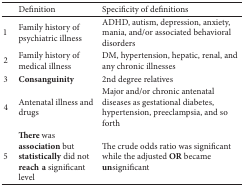
<table><thead><tr><td>[EMPTY_CELL]</td><td><b>Definition </b></td><td><b>Specificity of definitions </b></td></tr></thead><tbody><tr><td>1</td><td>Family history of psychiatric illness</td><td>ADHD, autism, depression, anxiety, mania, and/or associated behavioral disorders</td></tr><tr><td>2</td><td>Family history of medical illness</td><td>DM, hypertension, hepatic, renal, and any chronic illnesses </td></tr><tr><td>3</td><td><b>Consanguinity</b></td><td>2nd degree relatives </td></tr><tr><td>4</td><td>Antenatal illness and drugs </td><td>Major and/or chronic antenatal diseases as gestational diabetes, hypertension, preeclampsia, and so forth </td></tr><tr><td>5</td><td><b>There </b>was <b>association</b> but <b>statistically</b> did not <b>reacha</b> significant level</td><td>The crude odds ratio was significant while the adjusted <b>OR</b> became <b>un</b>significant</td></tr></tbody></table>